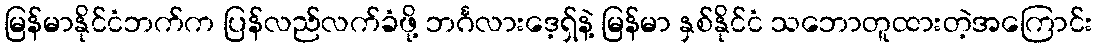
မြန်မာနိုင်ငံဘက်က ပြန်လည်လက်ခံဖို့ ဘင်္ဂလားဒေ့ရှ်နဲ့ မြန်မာ နှစ်နိုင်ငံ သဘောတူထားတဲ့အကြောင်း